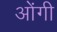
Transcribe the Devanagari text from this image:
ओंगी